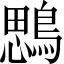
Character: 𪃄